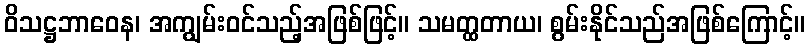
ဝိသဋ္ဌဘာဝေန၊ အကျွမ်းဝင်သည့်အဖြစ်ဖြင့်။ သမတ္ထတာယ၊ စွမ်းနိုင်သည်အဖြစ်ကြောင့်။